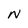
Character: N